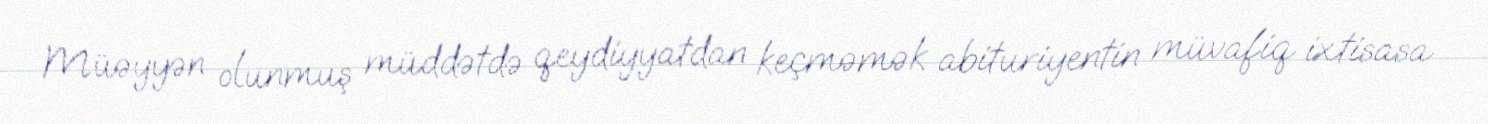
Müəyyən olunmuş müddətdə qeydiyyatdan keçməmək abituriyentin müvafiq ixtisasa